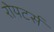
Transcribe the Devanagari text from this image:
रोयटर्स